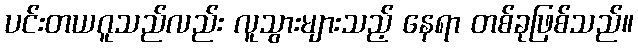
ပင်းတယဂူသည်လည်း လူသွားများသည့် နေရာ တစ်ခုဖြစ်သည်။